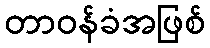
တာဝန်ခံအဖြစ်